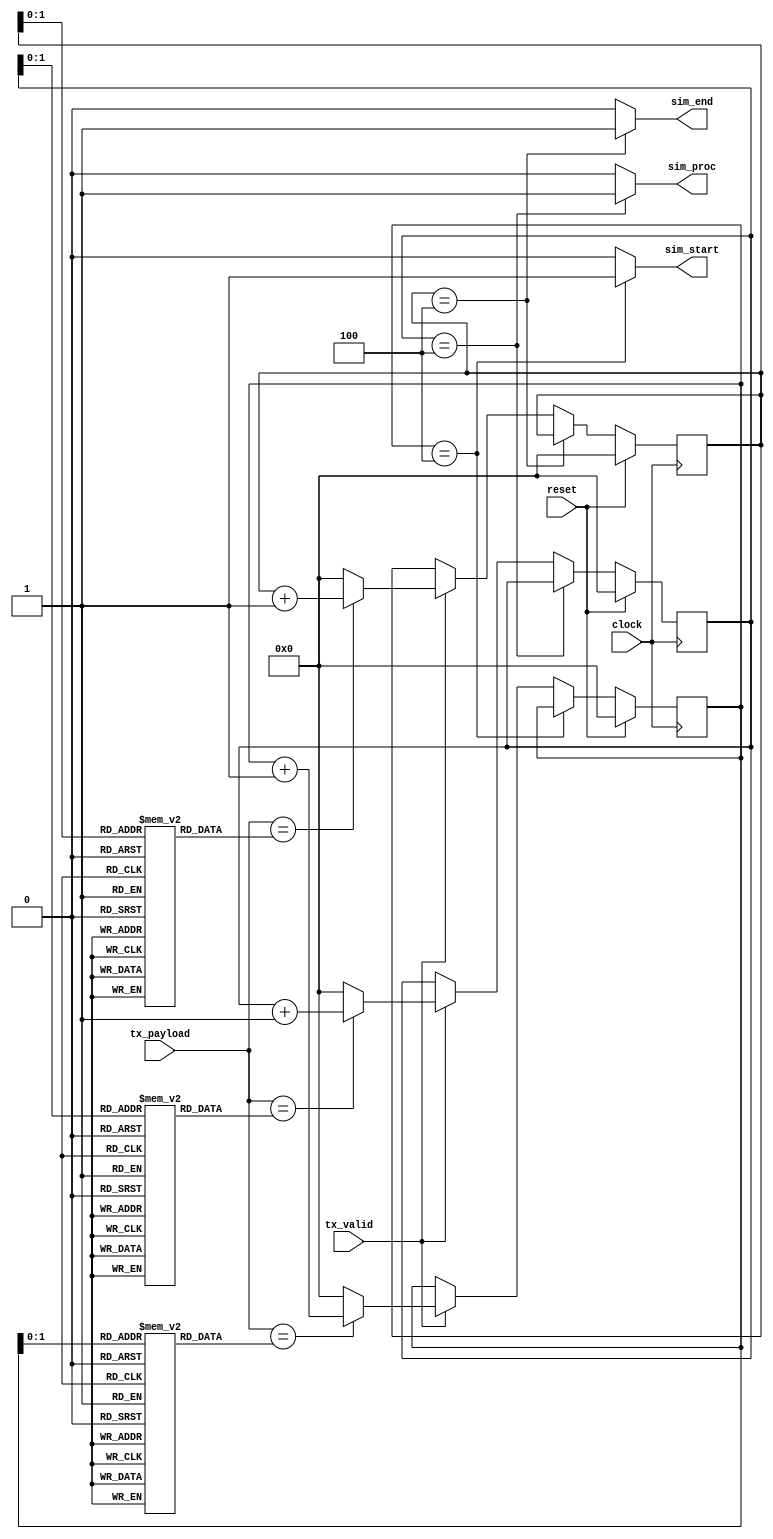
module FT_UartTrigger (
	// -- Common Signals --
	input wire					clock, // module FPGA clock
	input wire					reset, // module reset (global)
	// -- Sync Bus Signals --
	input wire [7:0]			tx_payload, // tx payload data
	input wire 					tx_valid,	// tx valid signal
	// -- Output Signals --
	output reg					sim_start,
	output reg					sim_end,
	output reg					sim_proc
    );


	localparam ar_Len = 8'd04;
	reg [7:0] arS [ar_Len-1:0];
	reg [7:0] arE [ar_Len-1:0];
	reg [7:0] arP [ar_Len-1:0];

	integer i;
	initial begin
		/*
		arS[0] <= 8'h45; //E
		arS[1] <= 8'h6E; //n
		arS[2] <= 8'h6A; //j
		arS[3] <= 8'h6F; //o
		*/

		arS[0] <= 8'h41; //LA
		arS[1] <= 8'h42; //iB
		arS[2] <= 8'h43; //fC
		arS[3] <= 8'h44; //tD


		arE[0] <= 8'h45; //WE
		arE[1] <= 8'h46; //eF
		arE[2] <= 8'h47; //lG
		arE[3] <= 8'h48; //cH

		arP[0] <= 8'h70; //p
		arP[1] <= 8'h72; //r
		arP[2] <= 8'h6F; //o
		arP[3] <= 8'h63; //c
	end

	reg [7:0] countS;
	reg [7:0] countS_c;

	reg [7:0] countE;
	reg [7:0] countE_c;

	reg [7:0] countP;
	reg [7:0] countP_c;

	always @*
	begin
		sim_start <= 1'b0;
		sim_end <= 1'b0;
		sim_proc <= 1'b0;
		countS_c <= countS;
		countE_c <= countE;
		countP_c <= countP;

		// start logic
		if( countS == ar_Len ) begin
			sim_start <= 1'b1;
		end else if( tx_valid ) begin
			if(tx_payload == arS[countS]) begin
				countS_c <= countS + 1;
			end else begin
				countS_c <= 0;
			end
		end

		// end logic
		if( countE == ar_Len ) begin
			sim_end <= 1'b1;
		end else if( tx_valid ) begin
			if(tx_payload == arE[countE]) begin
				countE_c <= countE + 1;
			end else begin
				countE_c <= 0;
			end
		end

		// proc logic
		if( countP == ar_Len ) begin
			sim_proc <= 1'b1;
		end else if( tx_valid ) begin
			if(tx_payload == arP[countP]) begin
				countP_c <= countP + 1;
			end else begin
				countP_c <= 0;
			end
		end
	end


	// clock process
	always @(posedge clock)
	begin
		if( reset) begin
			countS <= 0;
			countE <= 0;
			countP <= 0;
		end else begin
			countS <= countS_c;
			countE <= countE_c;
			countP <= countP_c;
		end
	end


endmodule